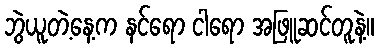
ဘွဲယူတဲ့နေ့က နင်ရော ငါရော အဖြူဆင်တူနဲ့။